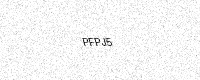
Text: PFPJ5